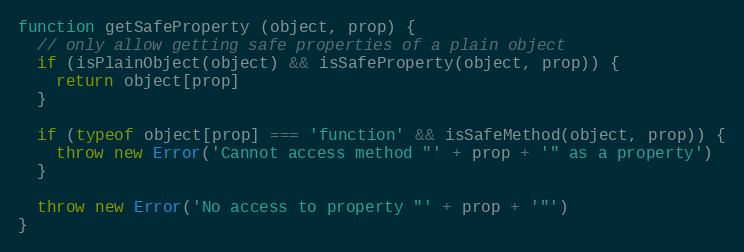
Language: JavaScript
function getSafeProperty (object, prop) {
  // only allow getting safe properties of a plain object
  if (isPlainObject(object) && isSafeProperty(object, prop)) {
    return object[prop]
  }

  if (typeof object[prop] === 'function' && isSafeMethod(object, prop)) {
    throw new Error('Cannot access method "' + prop + '" as a property')
  }

  throw new Error('No access to property "' + prop + '"')
}